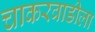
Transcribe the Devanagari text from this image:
चाकरवाडीला